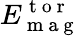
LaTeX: E_{\mathrm{~m~a~g~}}^{\mathrm{~t~o~r~}}